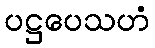
ပဋ္ဌပေသဟံ